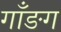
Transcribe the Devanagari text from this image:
गाँङग